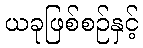
ယခုဖြစ်စဉ်နှင့်